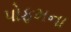
પોફમના